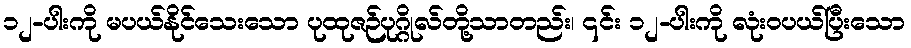
၁၂-ပါးကို မပယ်နိုင်သေးသော ပုထုဇဉ်ပုဂ္ဂိုလ်တို့သာတည်း၊ ၎င်း ၁၂-ပါးကို လုံးဝပယ်ပြီးသော